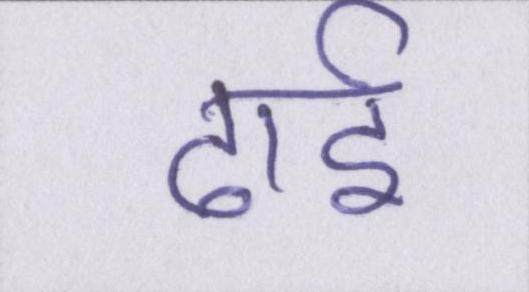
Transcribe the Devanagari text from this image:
ढाई